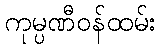
ကုမ္ပဏီဝန်ထမ်း